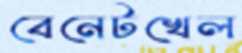
বেনেটখেল